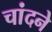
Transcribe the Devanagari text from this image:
चांदने